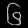
Digit: ၆